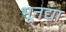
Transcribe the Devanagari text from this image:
भूनद्या